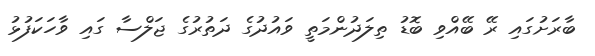
ބާރަށުގައި ރޭ ބޭއްވި ބޮޑު ތިލަދުންމަތީ ވައުދުގެ ދަތުރުގެ ޖަލްސާ ގައި ވާހަކަފުޅު